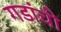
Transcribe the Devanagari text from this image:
गडांची